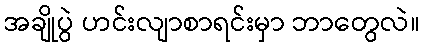
အချိုပွဲ ဟင်းလျာစာရင်းမှာ ဘာတွေလဲ။